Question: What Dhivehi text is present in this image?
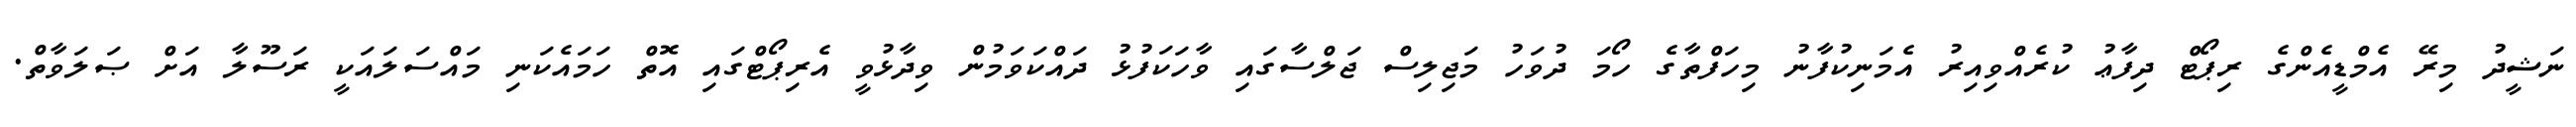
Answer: ނަޝީދު މިރޭ އެމްޑީއެންގެ ރިޕޯޓް ދިފާޢު ކުރެއްވިއިރު އެމަނިކުފާނު މިހަފްތާގެ ހޯމަ ދުވަހު މަޖިލިސް ޖަލްސާގައި ވާހަކަފުޅު ދައްކަވަމުން ވިދާޅުވީ އެރިޕޯޓްގައި އޮތް ހަމައެކަނި މައްސަލައަކީ ރަސޫލާ އަށް ޞަލަވާތް.